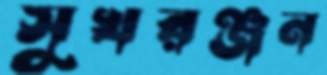
সুখরঞ্জন